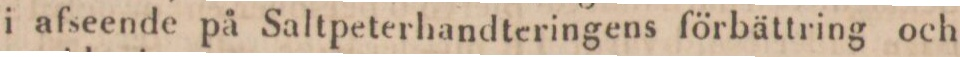
i afseende på Saltpeterhandteringens förbättring och